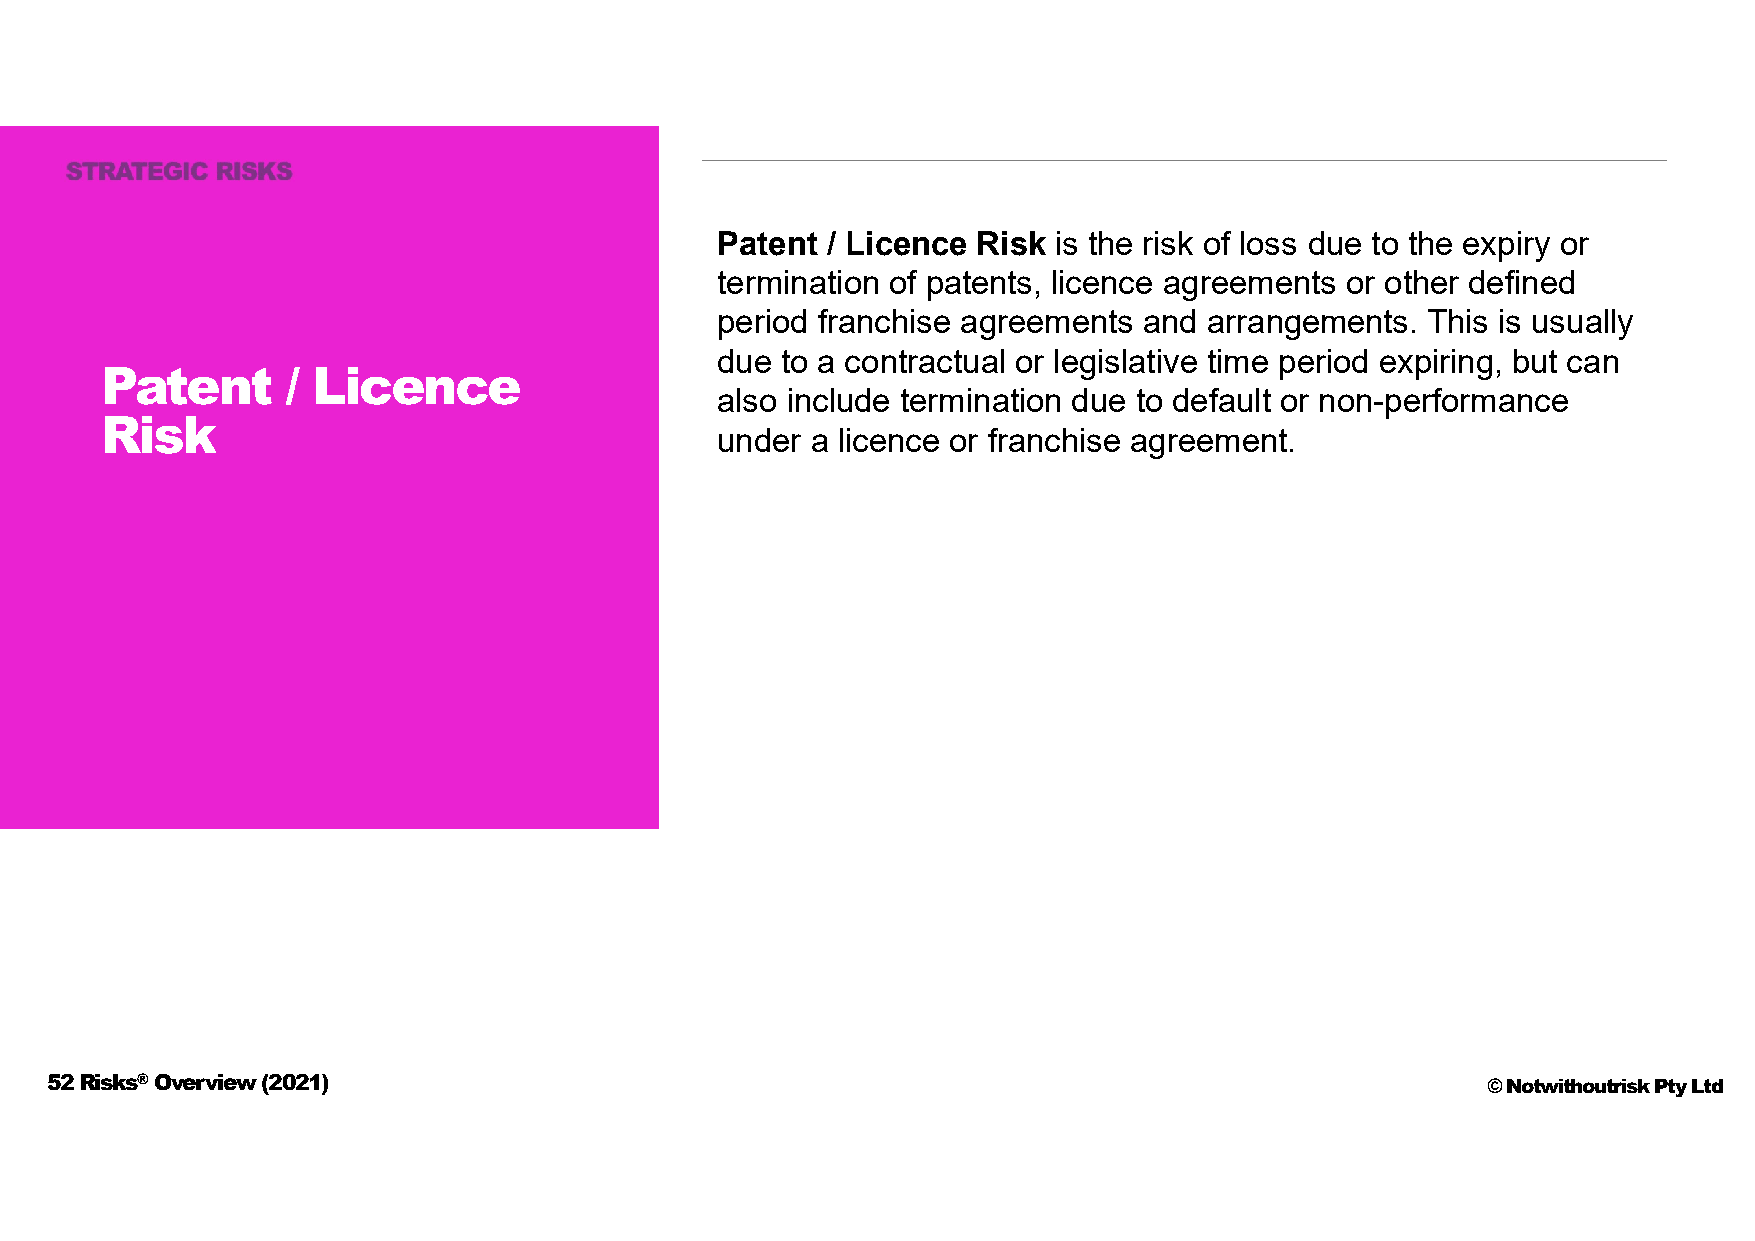
Patent  / Licence Risk is the risk of loss due to the expiry or
 termination of patents, licence agreements or other defined
 period franchise agreements  and arrangements. This is usually
 due  to a contractual or legislative time period expiring, but can
 Patent      / Licence
 also include termination due to default or non-performance
 Risk
 under  a licence or franchise agreement.
 52 Risks®Overview (2021)                                                                       © Notwithoutrisk Pty Ltd